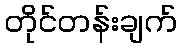
တိုင်တန်းချက်